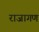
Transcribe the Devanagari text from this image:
राजागण